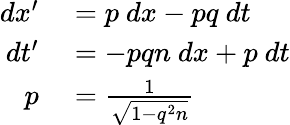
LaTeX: \begin{array}{rl}{dx^{\prime}}&{{}=p\ dx-pq\ dt}\\ {dt^{\prime}}&{{}=-pqn\ dx+p\ dt}\\ {p}&{{}={\frac{1}{\sqrt{1-q^{2}n}}}}\end{array}